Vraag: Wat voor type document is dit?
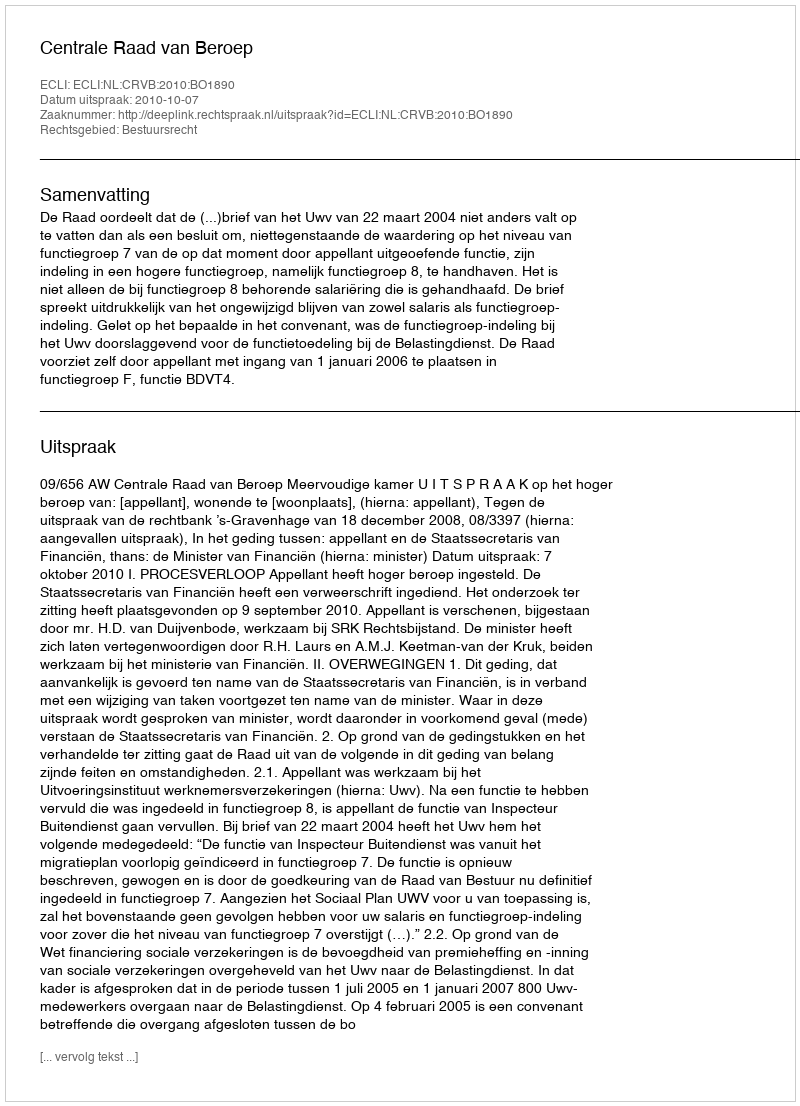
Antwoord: Uitspraak